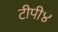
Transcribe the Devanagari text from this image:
टीपी४